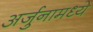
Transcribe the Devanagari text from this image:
अर्जुनामध्ये